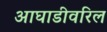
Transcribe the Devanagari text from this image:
आघाडीवरिल